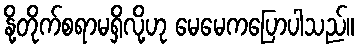
နို့တိုက်စရာမရှိလို့ဟု မေမေကပြောပါသည်။